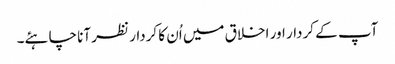
آپ کے کردار اور اخلاق میں اُن کا کردار نظر آنا چاہئے۔